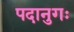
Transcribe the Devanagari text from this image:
पदानुगः